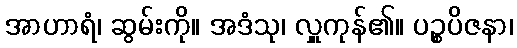
အာဟာရံ၊ ဆွမ်းကို။ အဒံသု၊ လှူကုန်၏။ ပဉ္စပိဇနာ၊